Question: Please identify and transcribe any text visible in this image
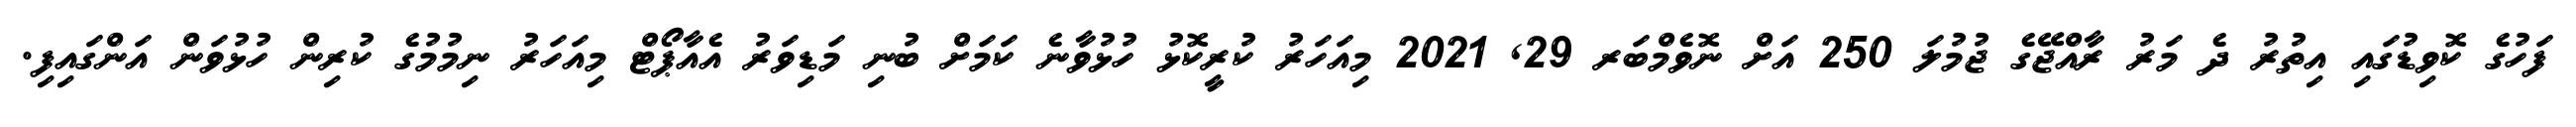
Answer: ފަހުގެ ކޮވިޑުގައި އިތުރު ދެ މަރު ރާއްޖޭގެ ޖުމުލަ 250 އަށް ނޮވެމްބަރ 29, 2021 މިއަހަރު ކުރީކޮޅު ހުޅުވާނެ ކަމަށް ބުނި މަޑިވަރު އެއާޕޯޓް މިއަހަރު ނިމުމުގެ ކުރިން ހުޅުވަން އަންގައިފި.